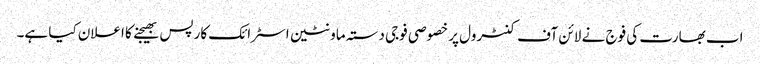
اب بھارت کی فوج نے لائن آف کنٹرول پر خصوصی فوجی دستہ ماونٹین اسٹرائک کارپس بھیجنے کا اعلان کیا ہے۔